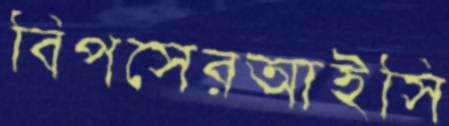
বিপসেরআইসি